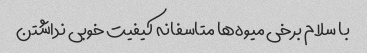
با سلام برخی میوه‌ها متاسفانه کیفیت خوبی نداشتن